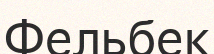
Фельбек